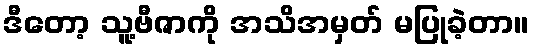
ဒီတော့ သူ့ဗီဇာကို အသိအမှတ် မပြုခဲ့တာ။